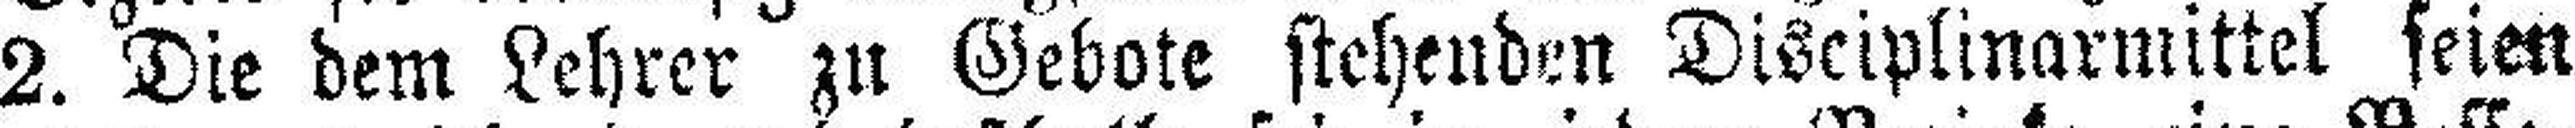
2. Die dem Lehrer zu Gebote stehenden Disciplinarmittel seien